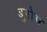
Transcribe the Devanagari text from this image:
बुरोम